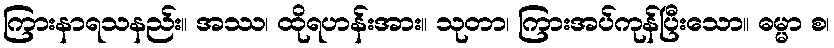
ကြားနာရသနည်း။ အဿ၊ ထိုရဟန်းအား။ သုတာ၊ ကြားအပ်ကုန်ပြီးသော။ ဓမ္မာ စ၊